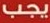
يجب